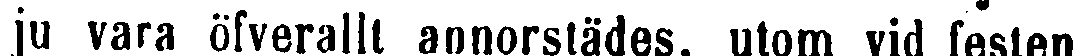
ju vara öfverallt annorstädes, utom vid festen